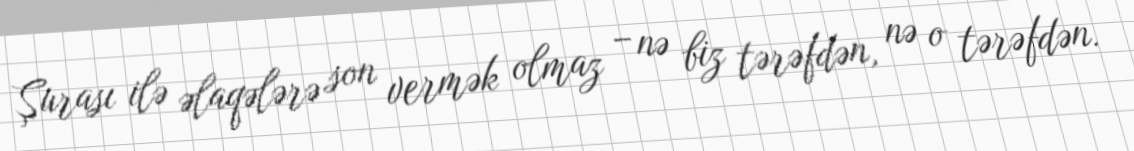
Şurası ilə əlaqələrə son vermək olmaz – nə biz tərəfdən, nə o tərəfdən.